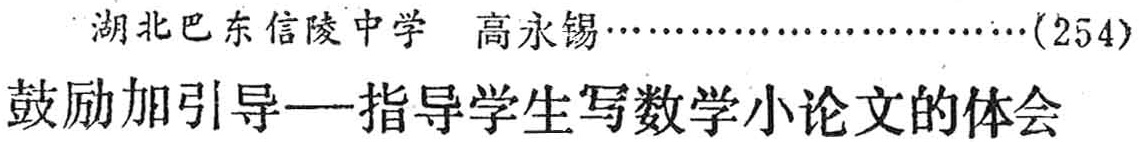
湖北巴东信陵中学 高永锡\ldots\ldots\ldots\ldots\ldots\ldots\ldots\ldots(254)\\

鼓励加引导—指导学生写数学小论文的体会